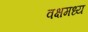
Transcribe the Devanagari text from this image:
वक्षमध्य